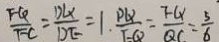
\frac { F Q } { F C } = \frac { D Q } { D E } = 1 . \frac { P Q } { F Q } = \frac { F Q } { Q C } = \frac { 5 } { 6 }